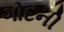
ગોદની